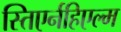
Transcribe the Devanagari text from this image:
स्तिएर्नहिएल्म